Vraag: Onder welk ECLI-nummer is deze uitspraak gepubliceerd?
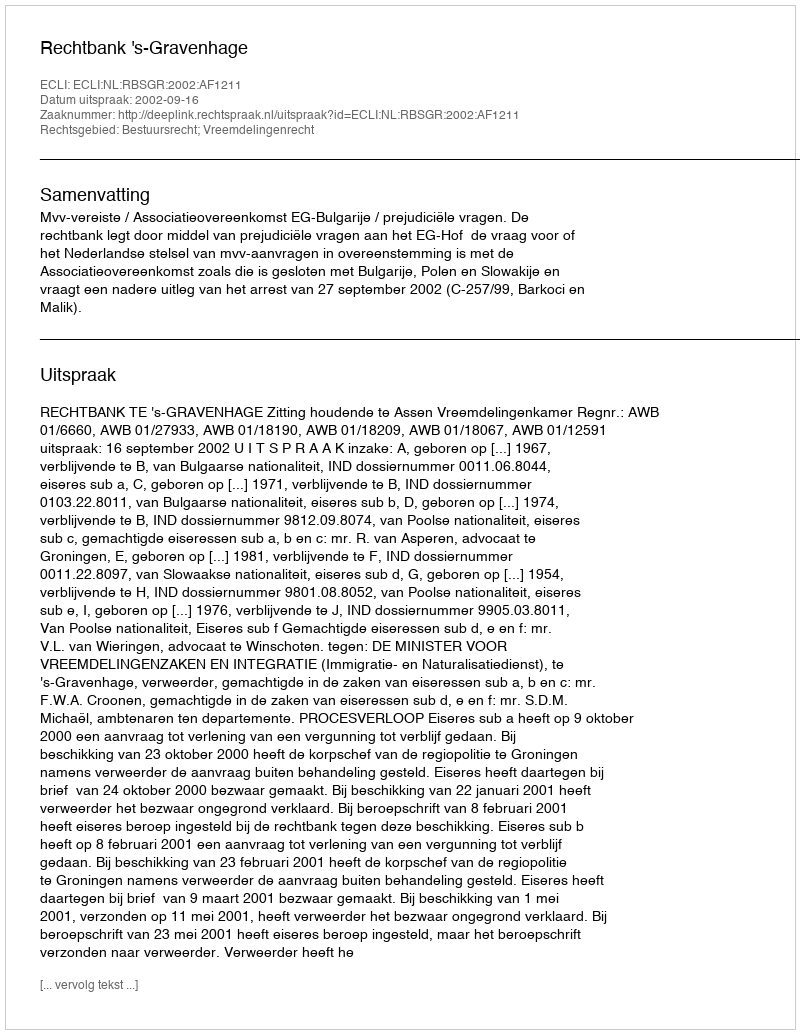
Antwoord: ECLI:NL:RBSGR:2002:AF1211